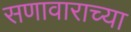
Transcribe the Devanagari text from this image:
सणावाराच्या